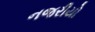
નજરીયો